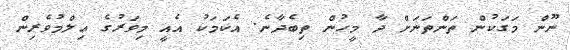
ނޫން މަގަކުން ތަންތަނަށް ދާ މީހުން ތިބެދާނެ. އެކަމަކު އެއީ މިވަރުގެ ޢިލްމުވެރިން